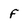
Character: F